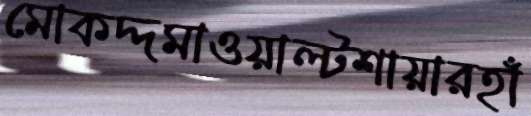
মোকদ্দমাওয়াল্টশায়ারহাঁ